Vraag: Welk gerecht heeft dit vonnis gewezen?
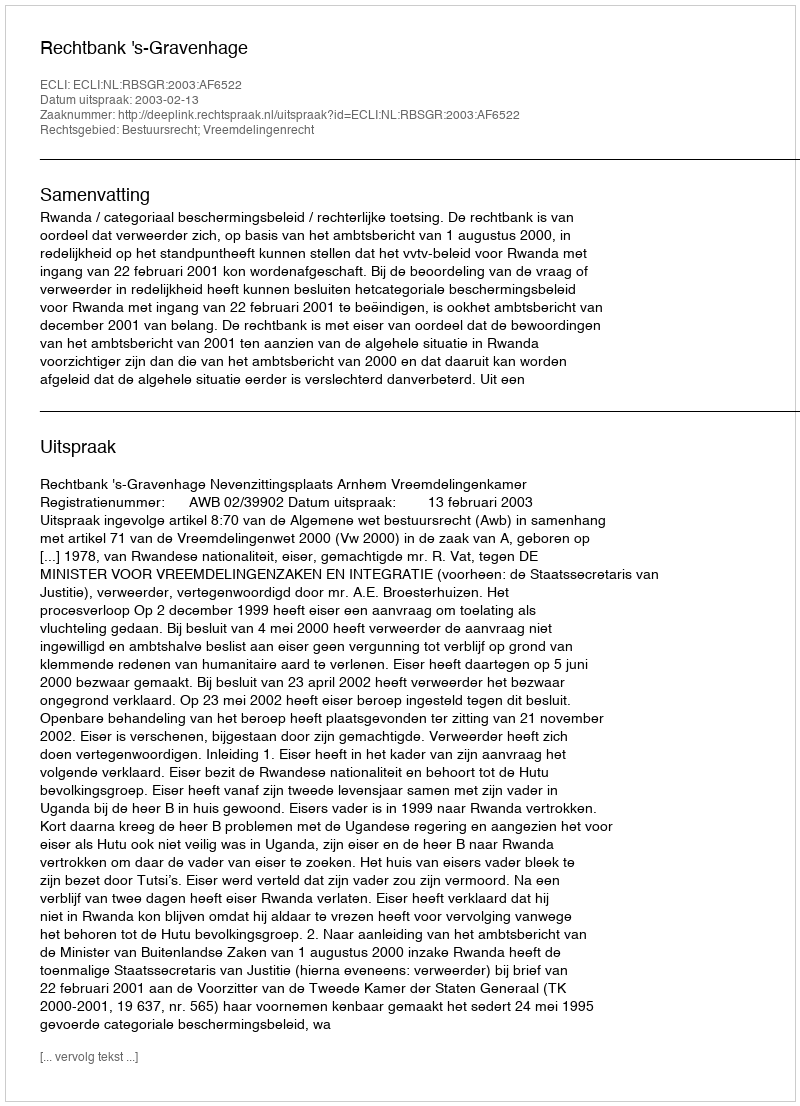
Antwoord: Rechtbank 's-Gravenhage